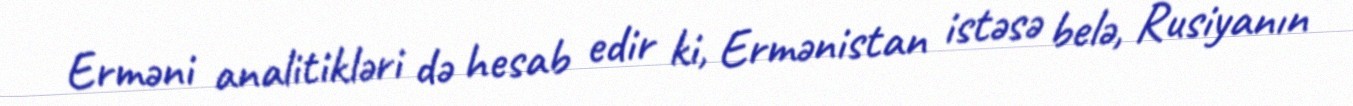
Erməni analitikləri də hesab edir ki, Ermənistan istəsə belə, Rusiyanın